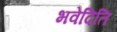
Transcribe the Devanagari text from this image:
भवेदिति